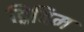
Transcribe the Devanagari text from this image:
द्विबिम